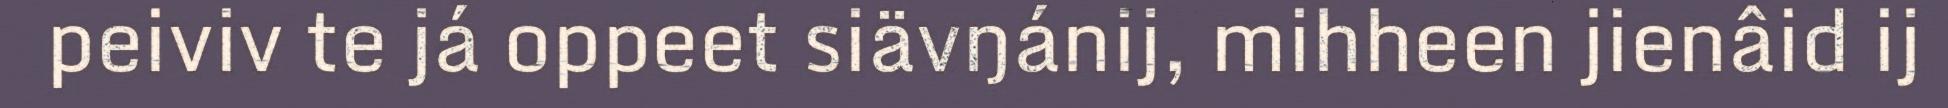
peiviv te já oppeet siävŋánij, mihheen jienâid ij